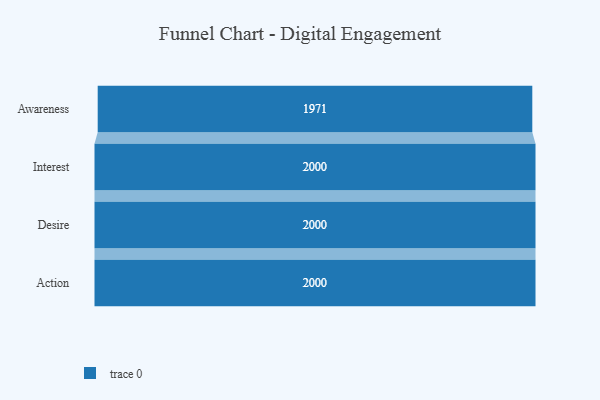
{"axis": {"x": "Stage", "y": "Value"}, "legend": [""], "data": [{"x": "Awareness", "y": 1971.0, "type": ""}, {"x": "Interest", "y": 2000, "type": ""}, {"x": "Desire", "y": 2000, "type": ""}, {"x": "Action", "y": 2000, "type": ""}]}